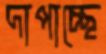
দাপাচ্ছে